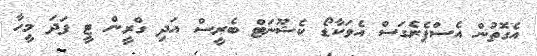
އެގޮތުން އެސްޕެރެގަސް އެވަކާޑޯ ކެޝޫނަޓް ބެރީސް އަދި ގްރީން ޓީ ފަދަ މީހާ